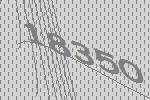
18350